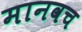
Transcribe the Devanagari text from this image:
मानवच